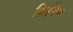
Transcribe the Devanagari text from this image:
क्रिपिंग